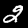
Digit: 2